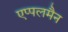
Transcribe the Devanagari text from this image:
एप्पलमैन